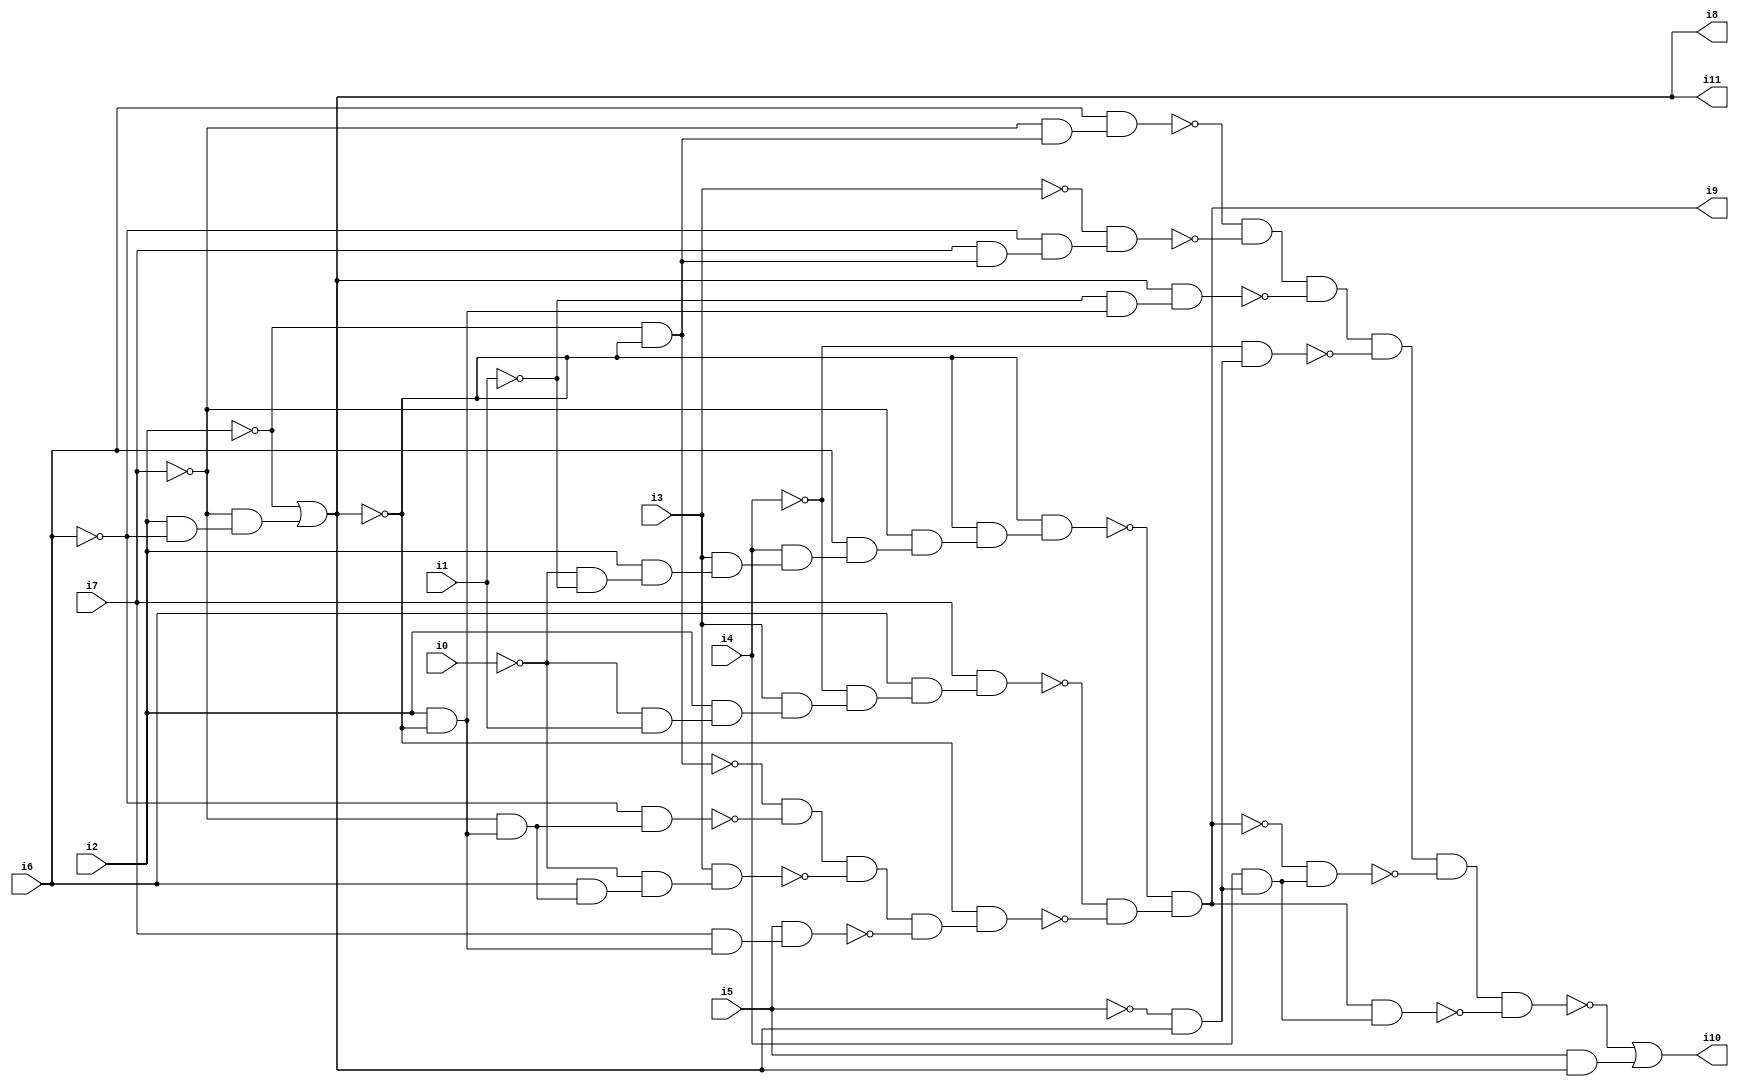
// Benchmark "SKOLEMFORMULA" written by ABC on Mon May  4 05:26:25 2020

module SKOLEMFORMULA ( 
    i0, i1, i2, i3, i4, i5, i6, i7,
    i8, i9, i10, i11  );
  input  i0, i1, i2, i3, i4, i5, i6, i7;
  output i8, i9, i10, i11;
  wire n13, n14, n16, n17, n18, n19, n20, n21, n22, n23, n24, n25, n26, n27,
    n28, n29, n30, n31, n32, n33, n34, n35, n36, n37, n38, n39, n40, n41,
    n42, n43, n45, n46, n47, n48, n49, n50, n51, n52, n53, n54, n55, n56,
    n57, n58, n59, n60, n61, n62;
  assign n13 = i2 & ~i6;
  assign n14 = ~i7 & n13;
  assign i8 = ~i2 | n14;
  assign n16 = ~i0 & i1;
  assign n17 = i2 & n16;
  assign n18 = i3 & n17;
  assign n19 = ~i4 & n18;
  assign n20 = i6 & n19;
  assign n21 = i7 & n20;
  assign n22 = ~i0 & ~i1;
  assign n23 = i2 & n22;
  assign n24 = i3 & n23;
  assign n25 = i4 & n24;
  assign n26 = i6 & n25;
  assign n27 = ~i7 & n26;
  assign n28 = ~i8 & n27;
  assign n29 = ~i8 & n28;
  assign n30 = ~i2 & ~i8;
  assign n31 = i2 & ~i8;
  assign n32 = ~i7 & n31;
  assign n33 = ~i6 & n32;
  assign n34 = ~n30 & ~n33;
  assign n35 = i6 & n32;
  assign n36 = ~i0 & n35;
  assign n37 = i3 & n36;
  assign n38 = n34 & ~n37;
  assign n39 = i7 & n31;
  assign n40 = i5 & n39;
  assign n41 = n38 & ~n40;
  assign n42 = ~i8 & n41;
  assign n43 = ~n21 & ~n42;
  assign i9 = ~n29 & n43;
  assign n45 = ~i7 & n30;
  assign n46 = i6 & n45;
  assign n47 = i7 & n30;
  assign n48 = ~i6 & n47;
  assign n49 = ~i3 & n48;
  assign n50 = ~n46 & ~n49;
  assign n51 = ~i1 & n31;
  assign n52 = i8 & n51;
  assign n53 = n50 & ~n52;
  assign n54 = ~i5 & i8;
  assign n55 = ~i4 & n54;
  assign n56 = n53 & ~n55;
  assign n57 = i4 & n54;
  assign n58 = ~i9 & n57;
  assign n59 = n56 & ~n58;
  assign n60 = i9 & n57;
  assign n61 = n59 & ~n60;
  assign n62 = i5 & i8;
  assign i10 = ~n61 | n62;
  assign i11 = i8;
endmodule